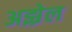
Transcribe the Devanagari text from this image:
अझ्रेल